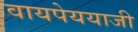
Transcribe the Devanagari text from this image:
वायपेययाजी